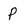
Character: P